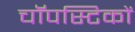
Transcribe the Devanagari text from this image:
चॉपस्टिकों